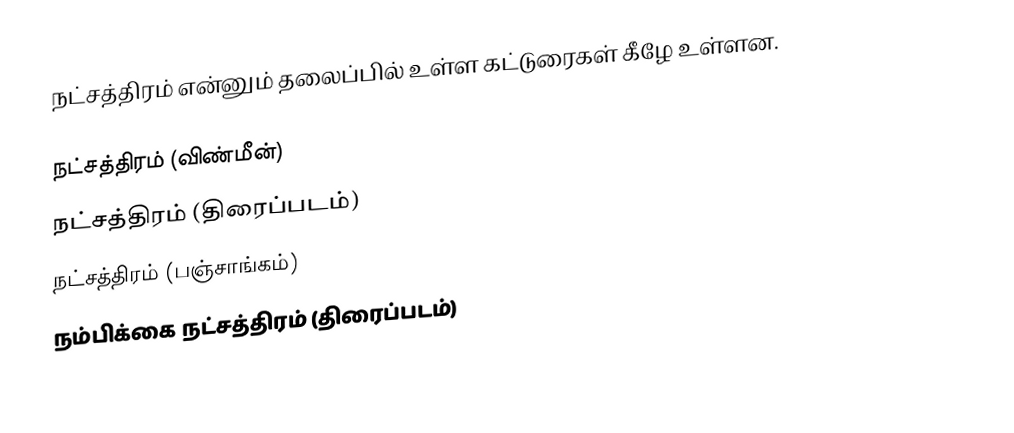
நட்சத்திரம் என்னும் தலைப்பில் உள்ள கட்டுரைகள் கீழே உள்ளன.

நட்சத்திரம் (விண்மீன்)
நட்சத்திரம் (திரைப்படம்)
நட்சத்திரம் (பஞ்சாங்கம்)
நம்பிக்கை நட்சத்திரம் (திரைப்படம்)